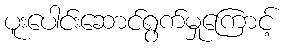
ပူးပေါင်းဆောင်ရွက်မှုကြောင့်